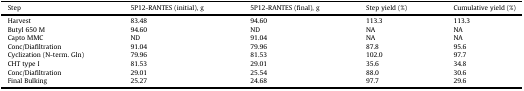
| Step | 5P12-RANTES (initial), g | 5P12-RANTES (final), g | Step yield (%) | Cumulative yield (%) |
 | --- | --- | --- | --- | --- |
 | Harvest | 83.48 | 94.60 | 113.3 | 113.3 |
 | Butyl 650 M | 94.60 | ND | NA | NA |
 | Capto MMC | ND | 91.04 | NA | NA |
 | Conc/Diafiltration | 91.04 | 79.96 | 87.8 | 95.6 |
 | Cyclization (N-term. Gln) | 79.96 | 81.53 | 102.0 | 97.7 |
 | CHT type I | 81.53 | 29.01 | 35.6 | 34.8 |
 | Conc/Diafiltration | 29.01 | 25.54 | 88.0 | 30.6 |
 | Final Bulking | 25.27 | 24.68 | 97.7 | 29.6 |